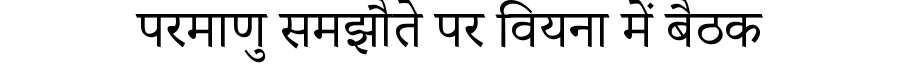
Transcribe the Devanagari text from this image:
परमाणु समझौते पर वियना में बैठक